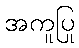
အကူပြု